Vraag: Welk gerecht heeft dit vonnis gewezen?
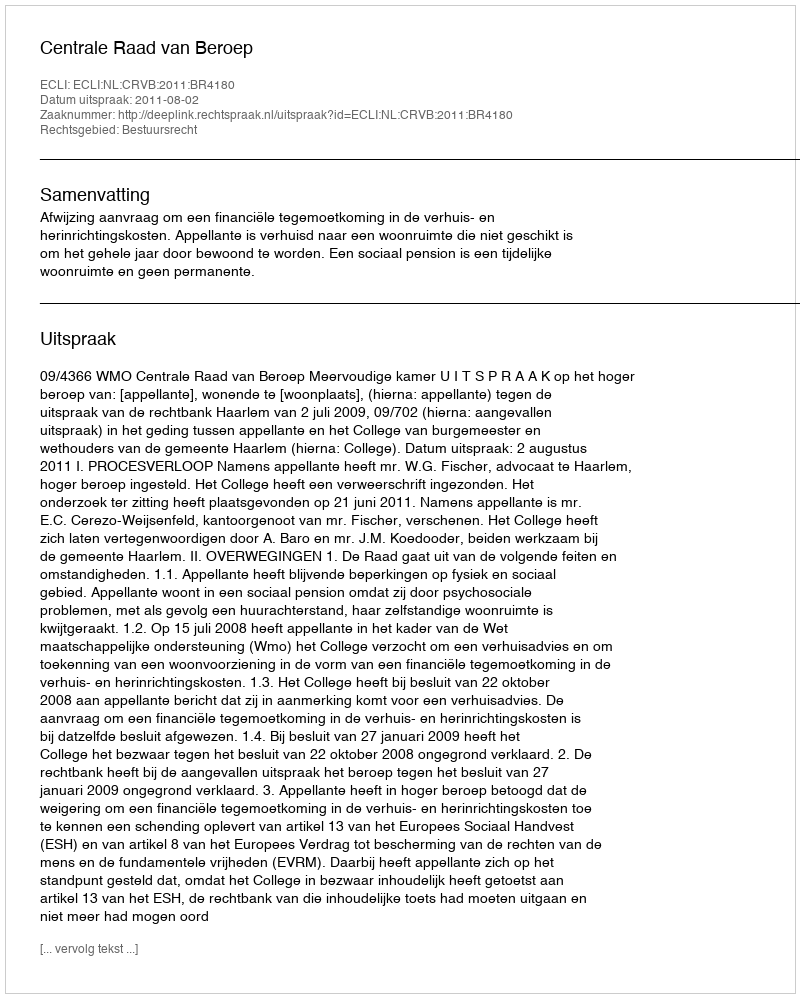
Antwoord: Centrale Raad van Beroep